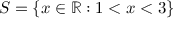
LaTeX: S = \{ x \in \mathbb { R } : 1 < x < 3 \}